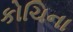
કોચિના